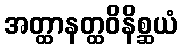
အတ္ထာနတ္ထဝိနိစ္ဆယံ